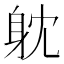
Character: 躭